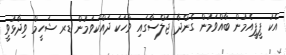
އެކު ޕީޕީއެމުން ބާއްވަމުން ގެންދާ ޖަލްސާގައި ވާހަކަ ދައްކަވަމުން ޑރ ޝަހީމް ވިދާޅުވީ